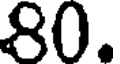
80.